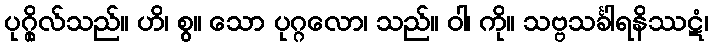
ပုဂ္ဂိုလ်သည်။ ဟိ၊ စွ။ သော ပုဂ္ဂလော၊ သည်။ ဝါ၊ ကို။ သဗ္ဗသင်္ခါရနိဿဋံ၊